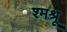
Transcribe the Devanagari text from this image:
श्मश्रू